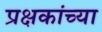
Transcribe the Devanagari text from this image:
प्रक्षकांच्या